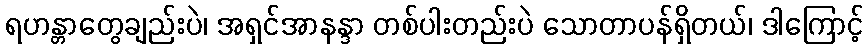
ရဟန္တာတွေချည်းပဲ၊ အရှင်အာနန္ဒာ တစ်ပါးတည်းပဲ သောတာပန်ရှိတယ်၊ ဒါကြောင့်